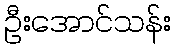
ဦးအောင်သန်း